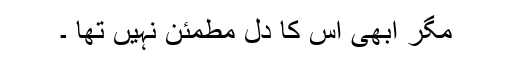
مگر ابھی اس کا دل مطمئن نہیں تھا ۔